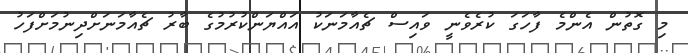
މި ގޮތުން އެންމެ ފާހަގަ ކުރެވެނީ ވައިސް ޗެއާމަނަކު އައްޔަންކުރުމުގެ ބާރު ޗެއާމަނަށްދިނުމަށްފަހު